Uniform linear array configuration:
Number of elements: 48
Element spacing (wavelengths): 1
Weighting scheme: uniform
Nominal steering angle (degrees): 15
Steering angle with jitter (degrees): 16.932
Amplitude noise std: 0.05
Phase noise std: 0.05

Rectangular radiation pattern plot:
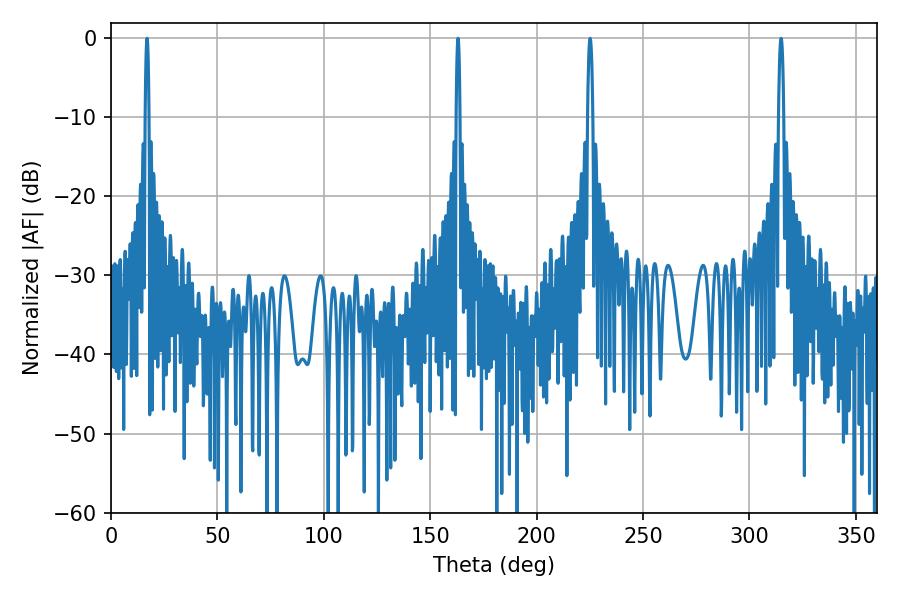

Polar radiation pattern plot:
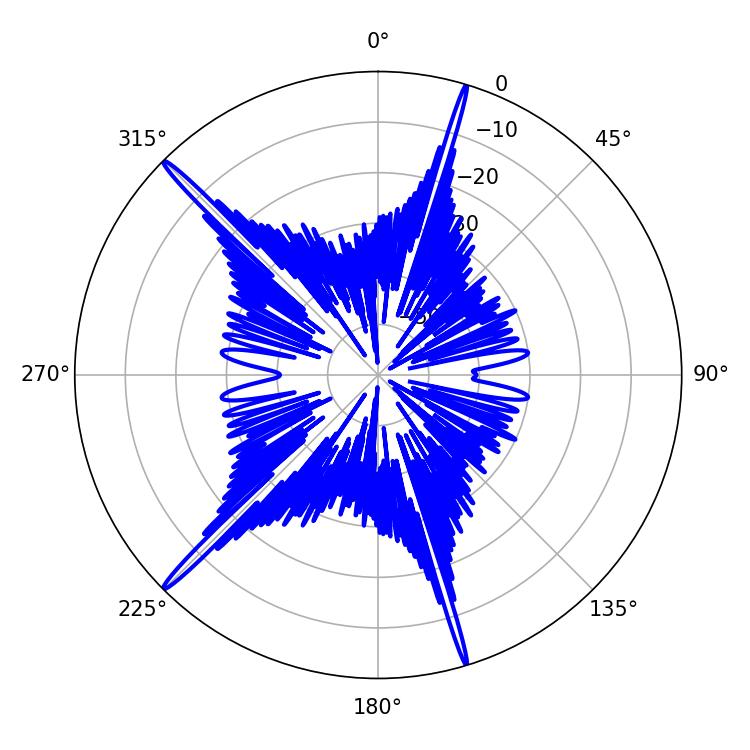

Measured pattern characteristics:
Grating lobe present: TRUE
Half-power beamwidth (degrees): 0.9
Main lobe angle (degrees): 16.92